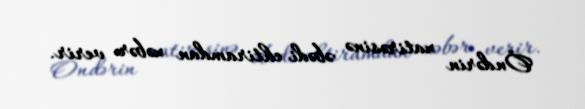
Öndərin xatirəsinə əbədi ehtiramdan xəbər verir.